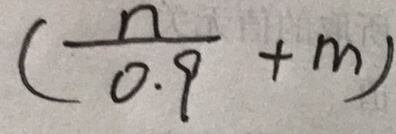
( \frac { n } { 0 . 9 } + m )